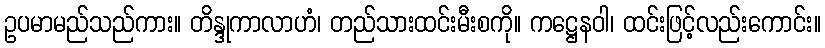
ဥပမာမည်သည်ကား။ တိန္ဒုကာလာဟံ၊ တည်သားထင်းမီးစကို။ ကဋ္ဌေနဝါ၊ ထင်းဖြင့်လည်းကောင်း။